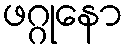
ဖဂ္ဂုနော